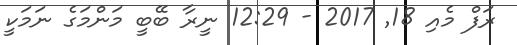
ރަފް މެއި 18